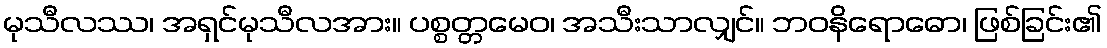
မုသီလဿ၊ အရှင်မုသီလအား။ ပစ္စတ္တမေဝ၊ အသီးသာလျှင်။ ဘဝနိရောဓော၊ ဖြစ်ခြင်း၏